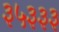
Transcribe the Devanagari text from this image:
३५३३३